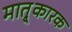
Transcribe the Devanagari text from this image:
मातृ्कारक